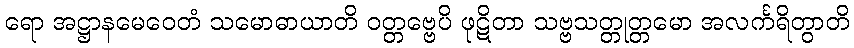
ရော အဋ္ဌာနမေဝေတံ သမောဓာယာတိ ဝတ္တဗ္ဗေပိ ဖုဋိတာ သဗ္ဗသတ္တုတ္တမော အလင်္ကရိတွာတိ